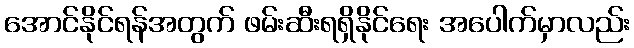
အောင်နိုင်ရန်အတွက် ဖမ်းဆီးရရှိနိုင်ရေး အပေါက်မှာလည်း